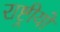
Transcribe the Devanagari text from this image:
राष्ट्रीयों